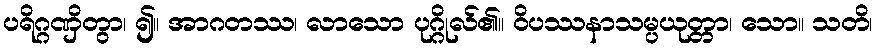
ပရိဂ္ဂဏှိတွာ၊ ၍။ အာဂတဿ၊ လာသော ပုဂ္ဂိုလ်၏။ ဝိပဿနာသမ္ပယုတ္တာ၊ သော။ သတိ၊